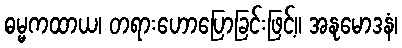
ဓမ္မကထာယ၊ တရားဟောပြောခြင်းဖြင့်။ အနုမောဒနံ၊